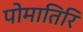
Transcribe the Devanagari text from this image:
पोमातिरि